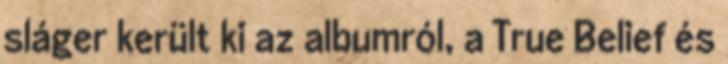
sláger került ki az albumról, a True Belief és